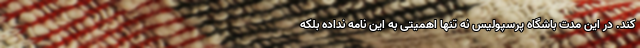
کند. در این مدت باشگاه پرسپولیس نه تنها اهمیتی به این نامه نداده بلکه